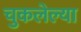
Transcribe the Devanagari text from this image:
चुकलेल्या